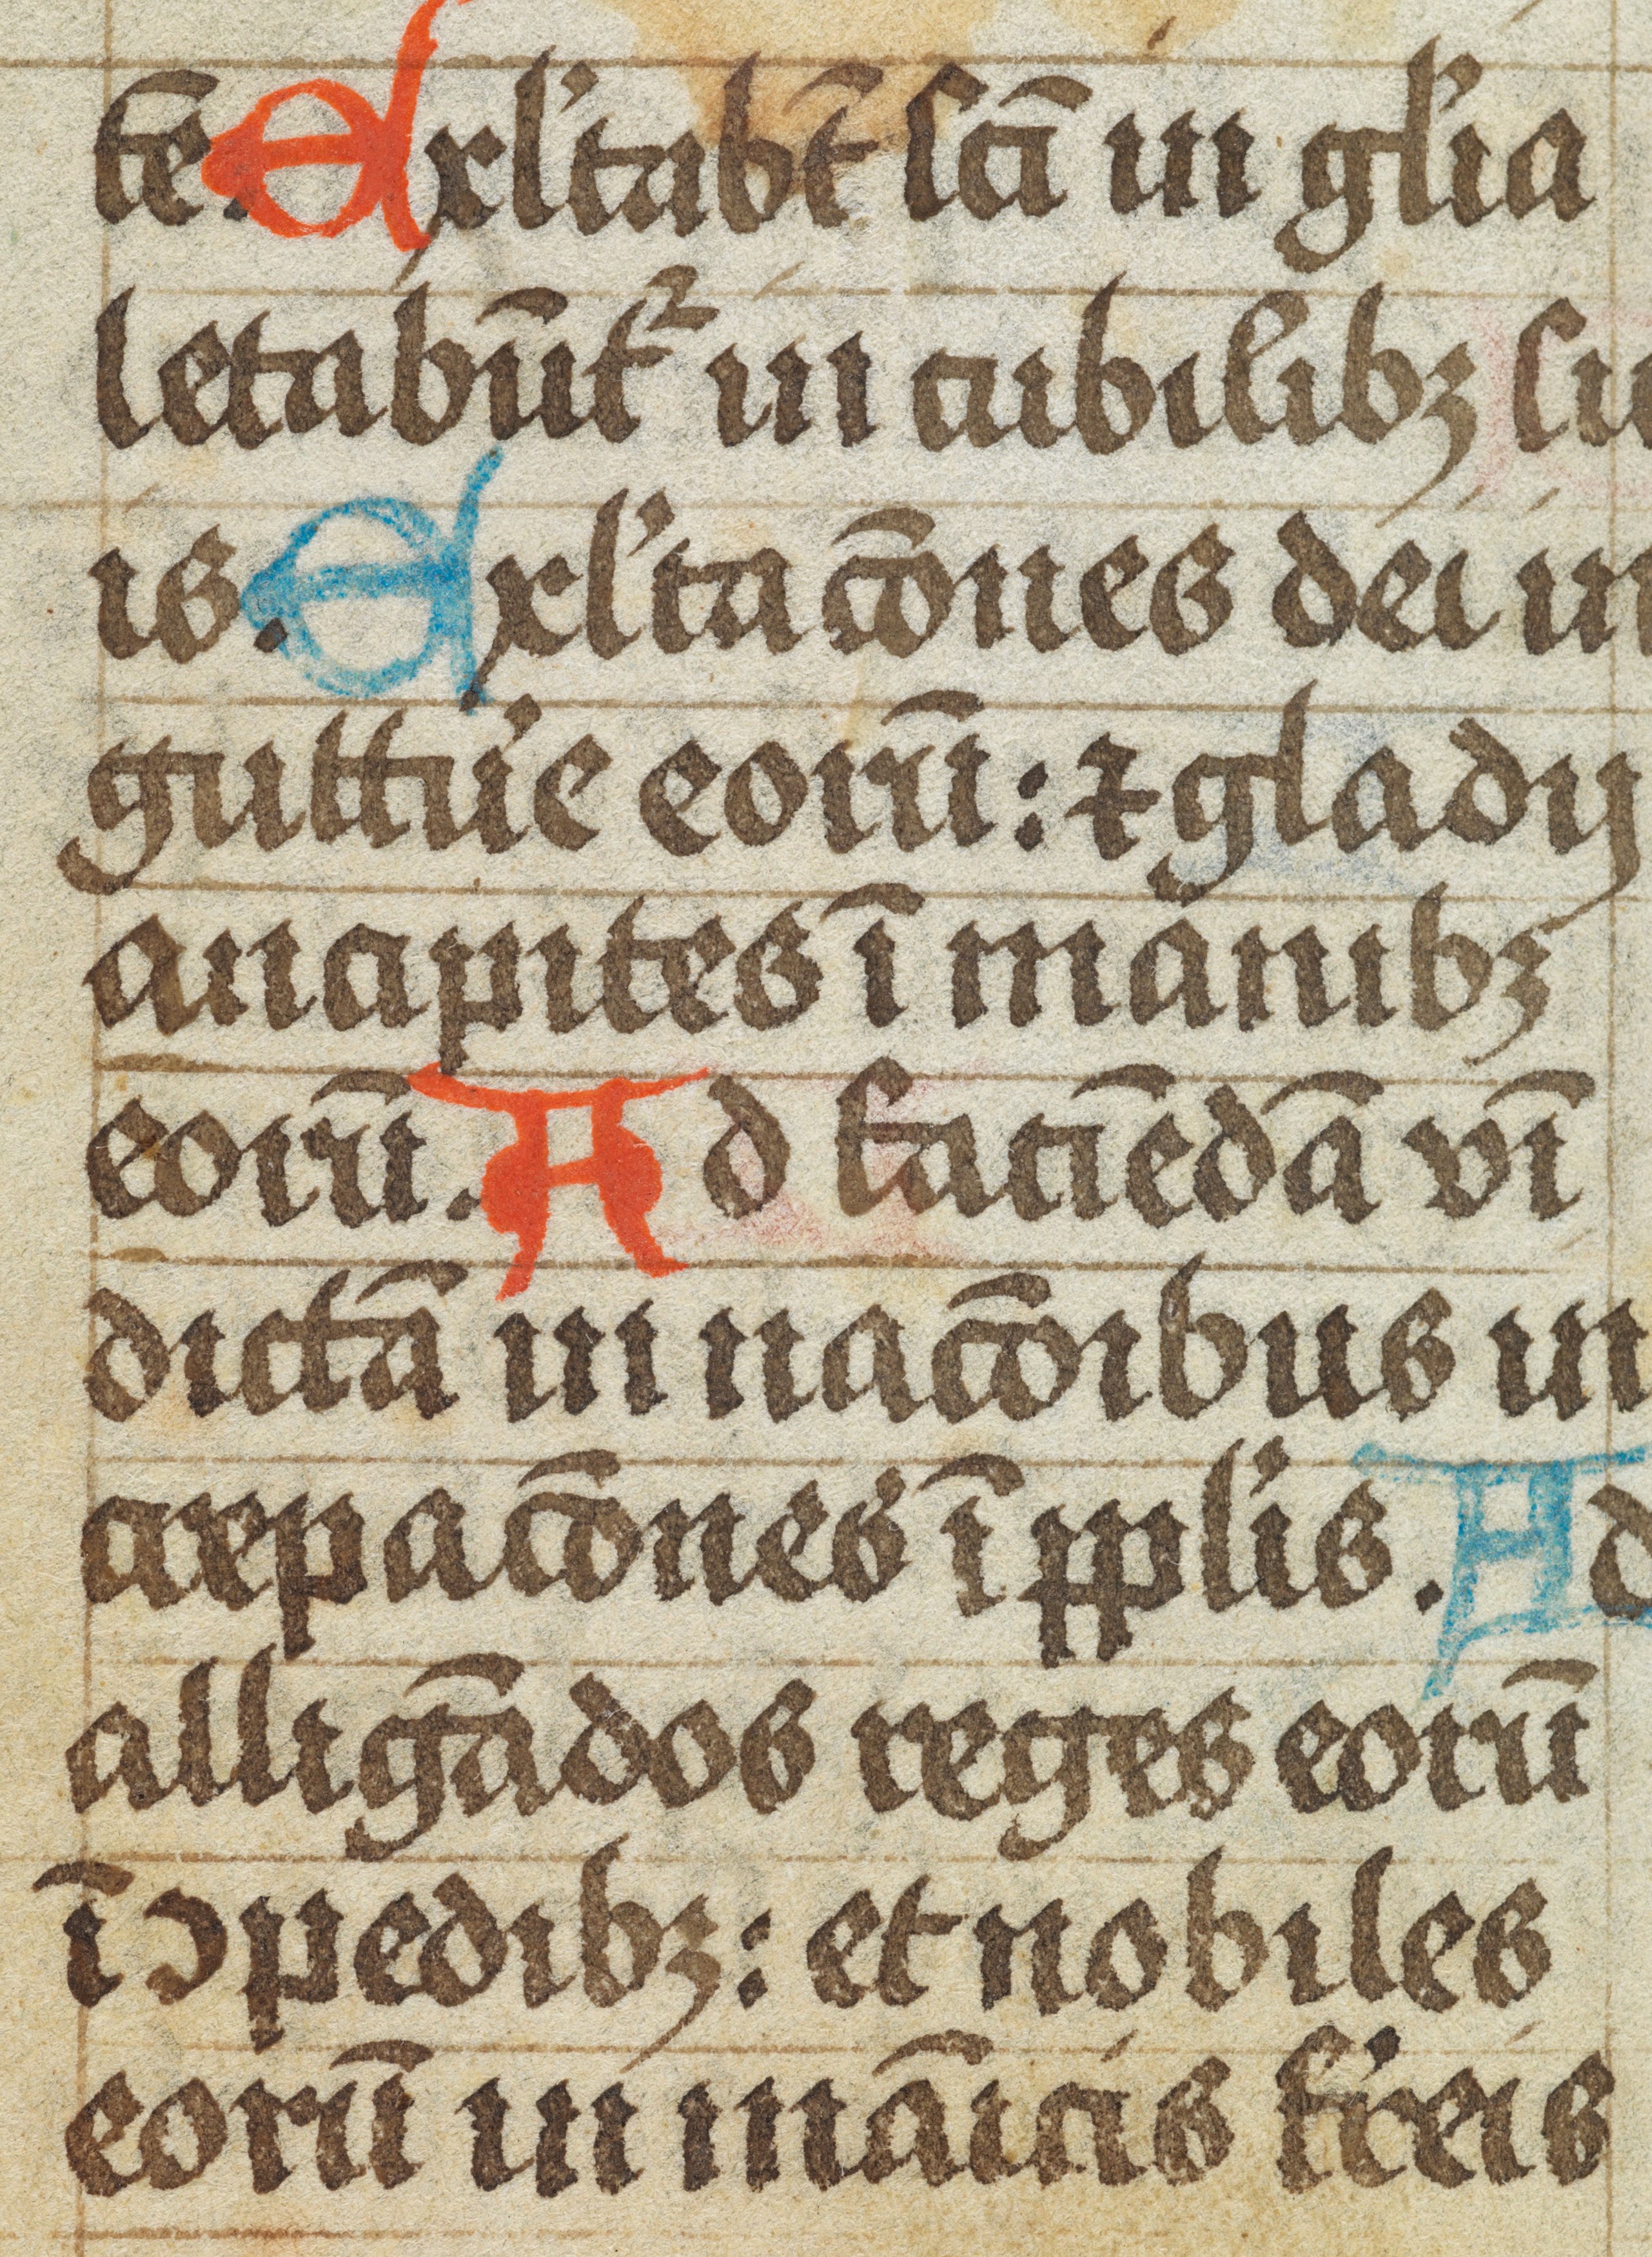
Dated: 1496–1496